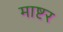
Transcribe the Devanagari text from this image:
माष्टर